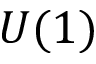
U ( 1 )